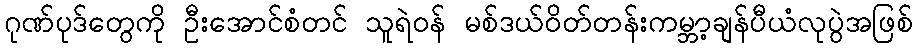
ဂုဏ်ပုဒ်တွေကို ဦးအောင်စံတင် သူရဲဝန် မစ်ဒယ်ဝိတ်တန်းကမ္ဘာ့ချန်ပီယံလုပွဲအဖြစ်